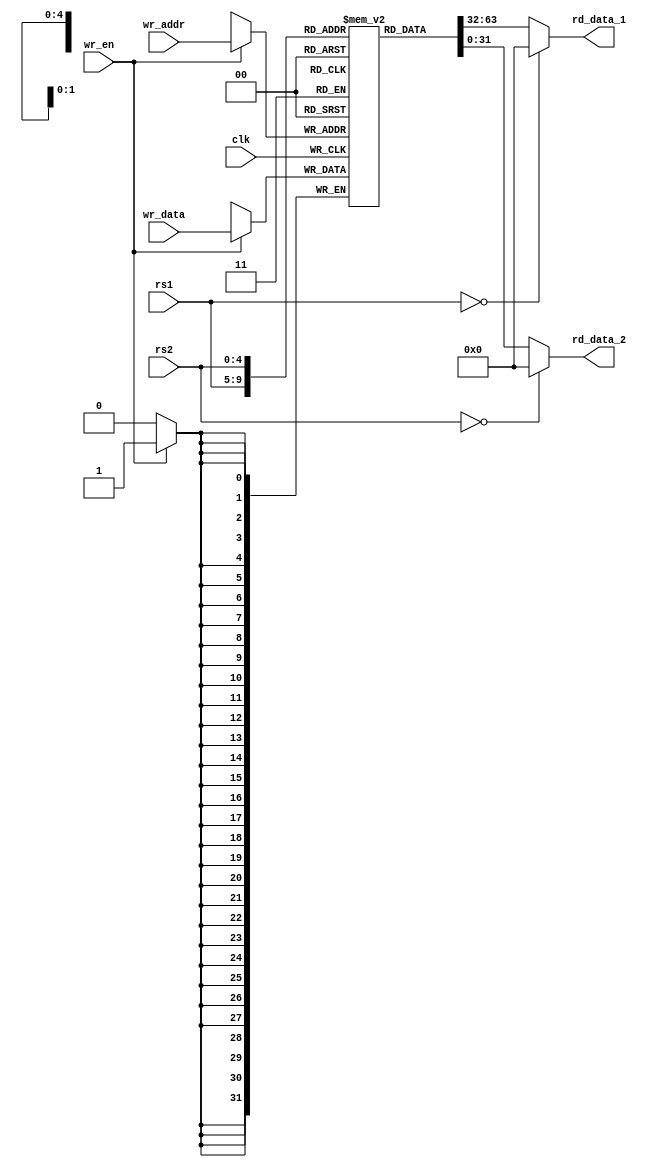
module register_file#(
	parameter XLEN = 32,
	parameter REG_FILE_DEPTH = 32,
	parameter REG_FILE_ADDR_LEN = $clog2(REG_FILE_DEPTH)
)(
	input clk,
	//input reset,
	input wr_en,
	input [REG_FILE_ADDR_LEN-1:0] rs1,
	input [REG_FILE_ADDR_LEN-1:0] rs2,
	input [REG_FILE_ADDR_LEN-1:0] wr_addr,
	input [XLEN-1:0] wr_data,
	output wire [XLEN-1:0] rd_data_1,
	output wire [XLEN-1:0] rd_data_2
);
	
	reg [XLEN-1:0] reg_file [0:REG_FILE_DEPTH-1];

	assign rd_data_1 = (rs1 == 0)? 0 : reg_file [rs1];
	assign rd_data_2 = (rs2 == 0)? 0 : reg_file [rs2];

	always@(posedge clk)begin
		if(wr_en)begin
			reg_file[wr_addr] <= wr_data;
		end
	end	
endmodule